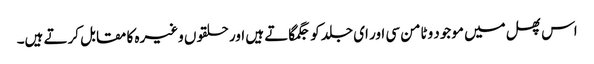
اس پھل میں موجود وٹامن سی اور ای جلد کو جگمگاتے ہیں اور حلقوں وغیرہ کا مقابل کرتے ہیں۔